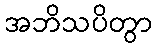
အဘိသပိတွာ